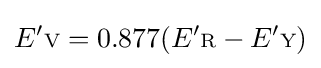
E'{\scriptstyle {\text{V}}}=0.877(E'{\scriptstyle {\text{R}}}-E'{\scriptstyle {\text{Y}}})